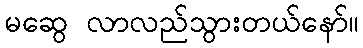
မဆွေ လာလည်သွားတယ်နော်။